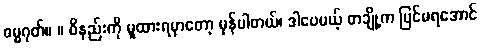
ဓမ္မဂုတ်။ ။ ဝိနည်းကို မူထားရမှာတော့ မှန်ပါတယ်၊ ဒါပေမယ့် တချို့က ပြင်မရအောင်